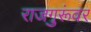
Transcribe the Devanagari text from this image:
राजगुरूंवर